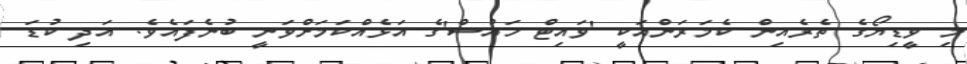
މި ވީޑިޔޯގެ ތެރެއިން ކެމަރަންއަކީ 'ވައިޓް ހައުސް'ގެ އަޅެއްކަމަށްވަނީ ބުނެފައެވެ. އަދި ކުޑަ